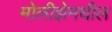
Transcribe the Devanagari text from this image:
मोलीझेमधील